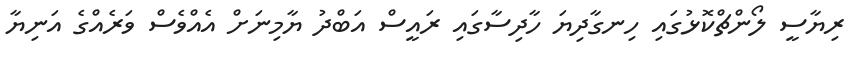
ރިޔާސީ ލޯންޗްކޮޅުގައި ހިނގާދިޔަ ހާދިސާގައި ރައީސް އަބްދު ޔާމިނަށް އެއްވެސް ވަރެއްގެ އަނިޔާ